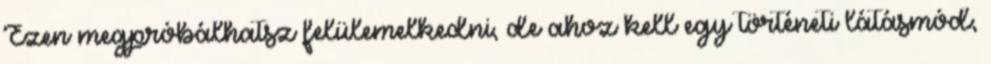
Ezen megpróbálhatsz felülemelkedni, de ahoz kell egy történeti látásmód,